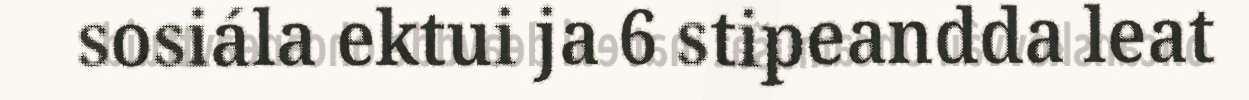
sosiála ektui ja 6 stipeandda leat